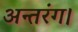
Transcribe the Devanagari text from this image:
अन्तरंग।